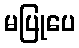
မပြုပေ